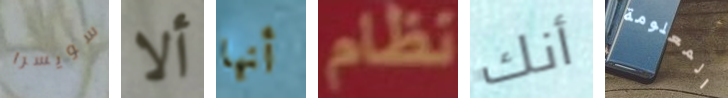
سويسرا ألا أنها نظام أنك المعلومة